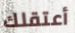
أعتقلك